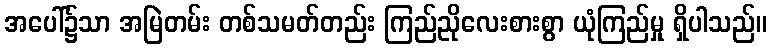
အပေါ်၌သာ အမြဲတမ်း တစ်သမတ်တည်း ကြည်ညိုလေးစားစွာ ယုံကြည်မှု ရှိပါသည်။